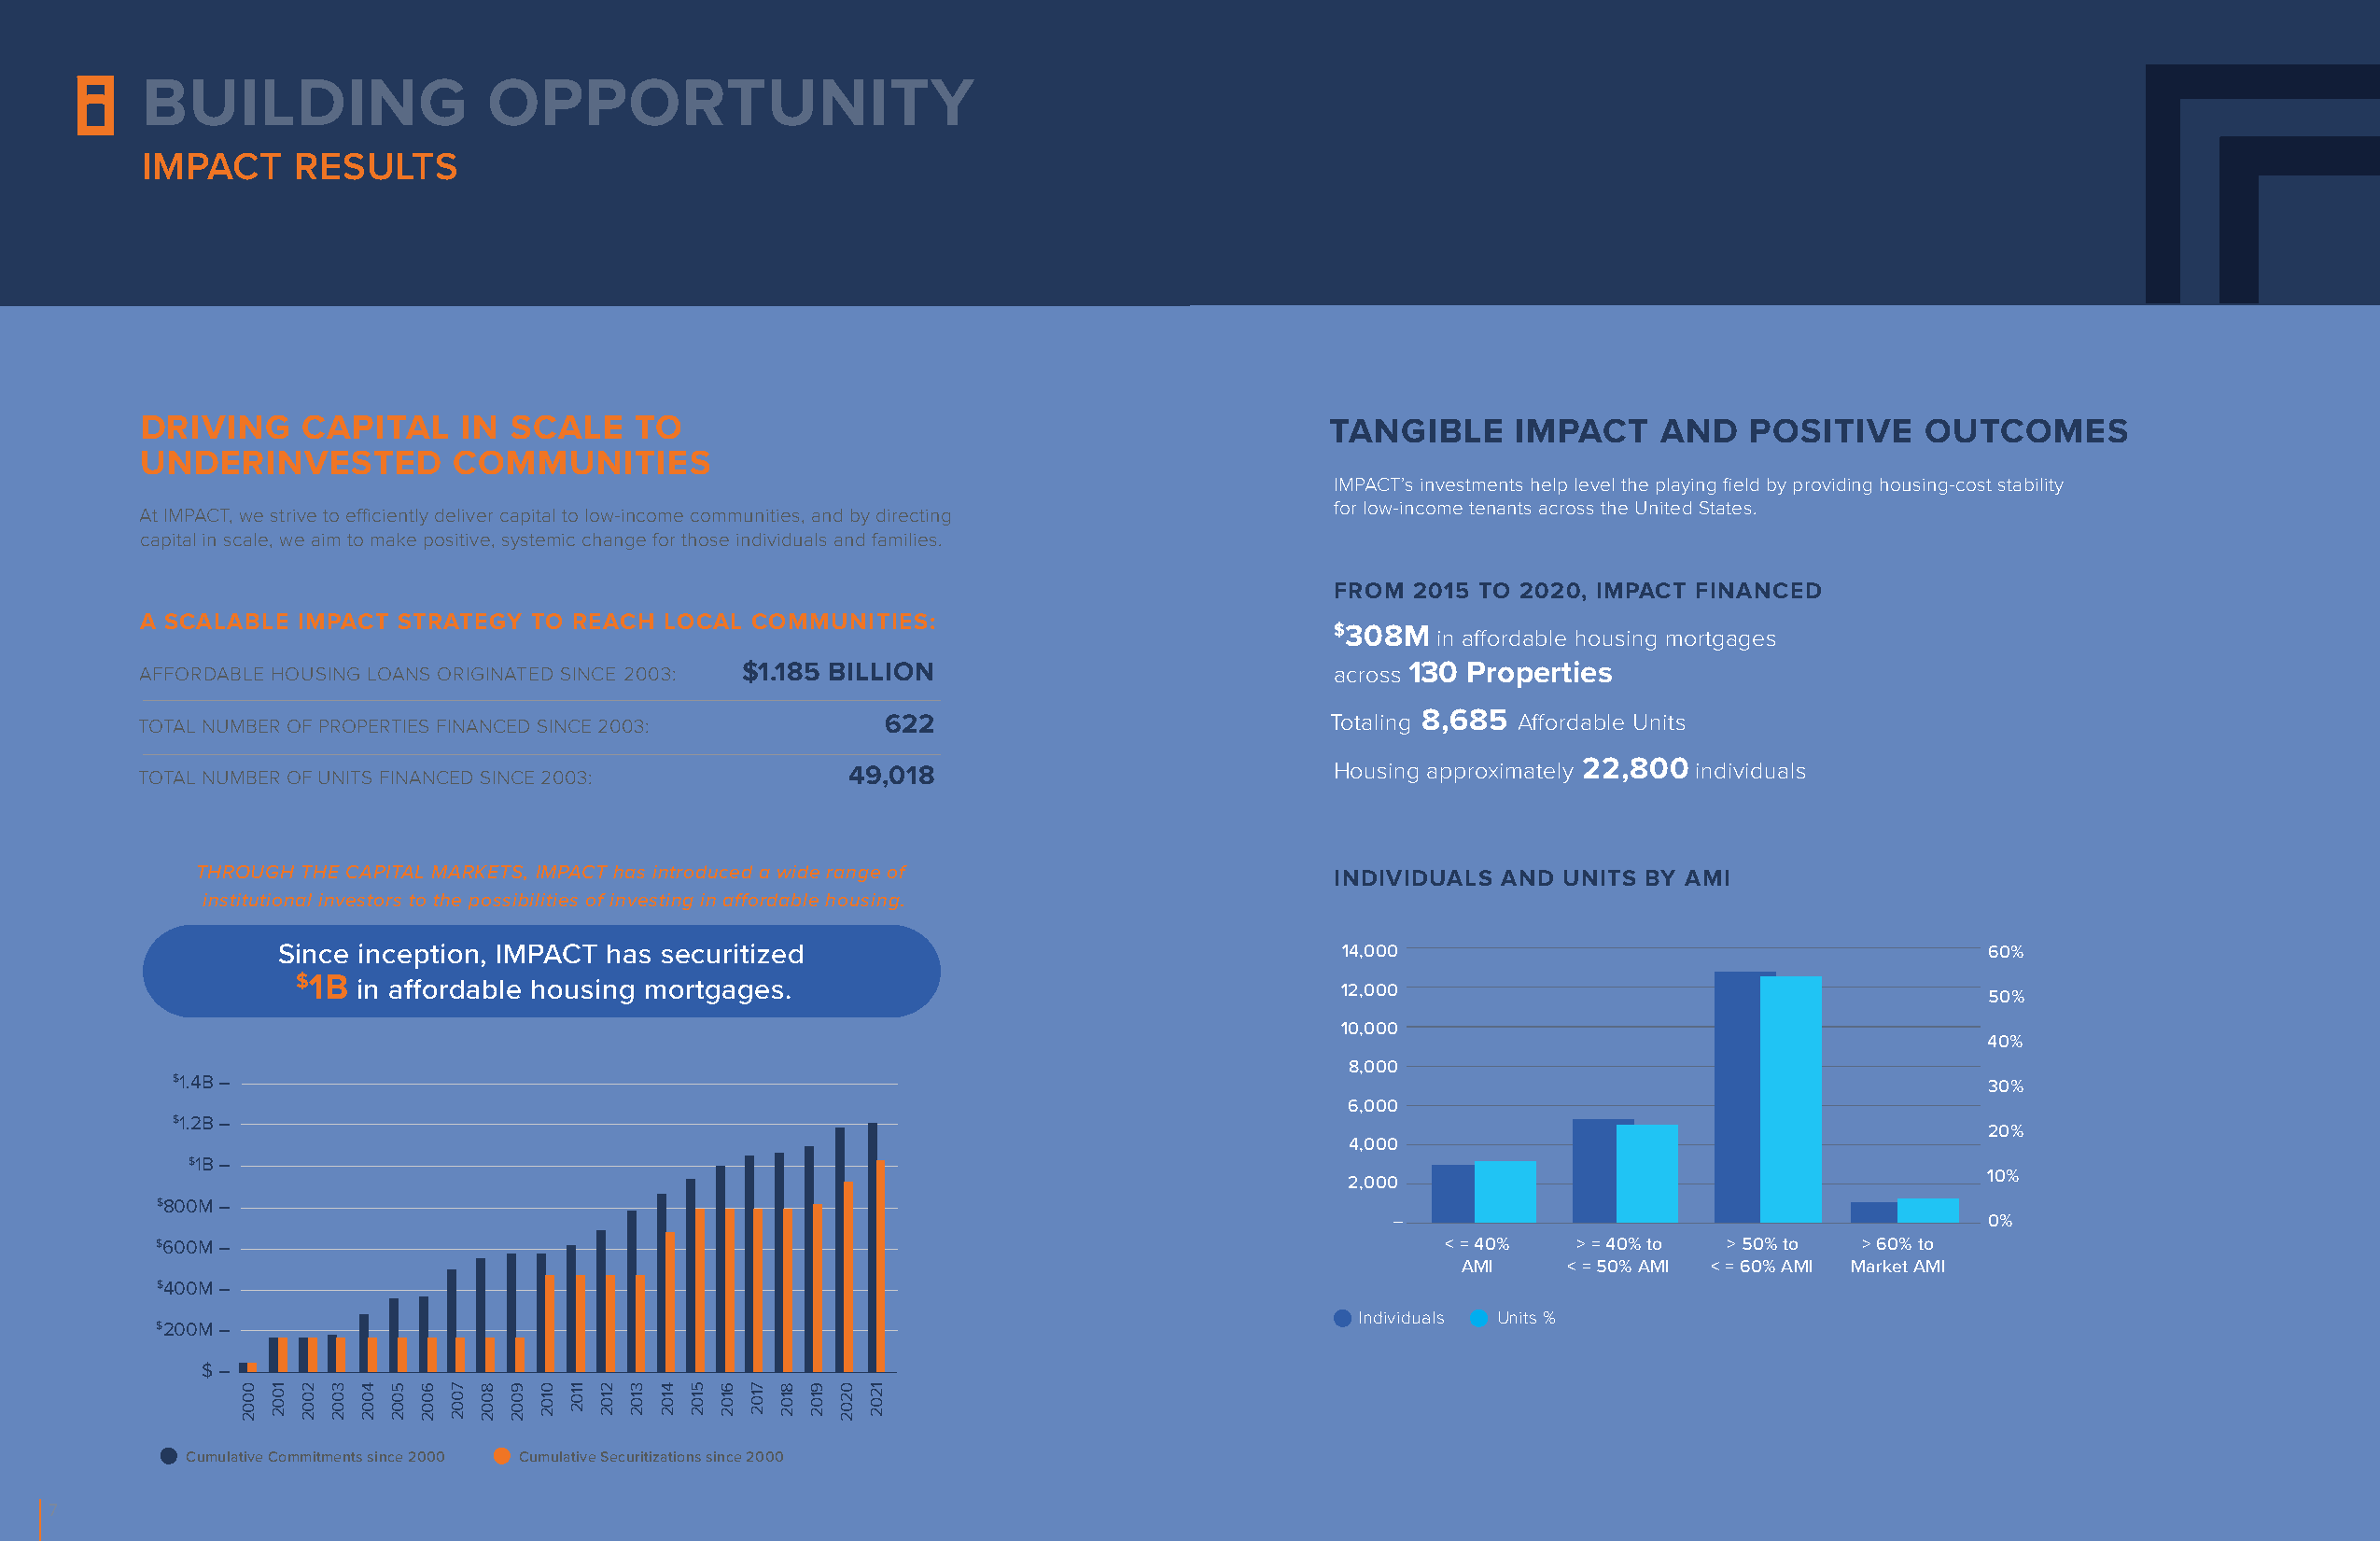
BUILDING                 OPPORTUNITY
 IMPACT     RESULTS
 DRIVING    CAPITAL     IN SCALE    TO                                               TANGIBLE     IMPACT     AND   POSITIVE    OUTCOMES
 UNDERINVESTED         COMMUNITIES
 IMPACT’s investments help level the playing field by providing housing-cost stability
 for low-income tenants across the United States.
 At IMPACT, we strive to efficiently deliver capital to low-income communities, and by directing
 capital in scale, we aim to make positive, systemic change for those individuals and families.
 FROM 2015 TO 2020, IMPACT FINANCED
 A SCALABLE IMPACT STRATEGY  TO REACH LOCAL COMMUNITIES:
 $308M
 in affordable housing mortgages
 AFFORDABLE HOUSING LOANS ORIGINATED SINCE 2003: $1.185 BILLION                       across 130 Properties
 TOTAL NUMBER OF PROPERTIES FINANCED SINCE 2003:      622                            Totaling 8,685 Affordable Units
 TOTAL NUMBER OF UNITS FINANCED SINCE 2003:        49,018                             Housing approximately 22,800 individuals
 THROUGH THE CAPITAL MARKETS, IMPACT has introduced a wide range of               INDIVIDUALS AND UNITS BY AMI
 institutional investors to the possibilities of investing in affordable housing.
 Since inception, IMPACT has securitized                                    14,000                                        60%
 $1B
 in affordable housing mortgages.                                      12,000
 50%
 10,000
 40%
 8,000
 $1.4B –                                                                                                                          30%
 6,000
 $1.2B –
 20%
 4,000
 $1B –
 10%
 2,000
 $800M –
 –                                         0%
 $600M –                                                                                    < = 40%   > = 40% to > 50% to > 60% to
 AMI    < = 50% AMI < = 60% AMI Market AMI
 $400M –
 Individuals Units %
 $200M –
 $ –
 Cumulative Commitments since 2000 Cumulative Securitizations since 2000
 7
 0002 1002 2002 3002 4002 5002 6002 7002 8002 9002 0102 1102 2102 3102 4102 5102 6102 7102 8102 9102 0202 1202